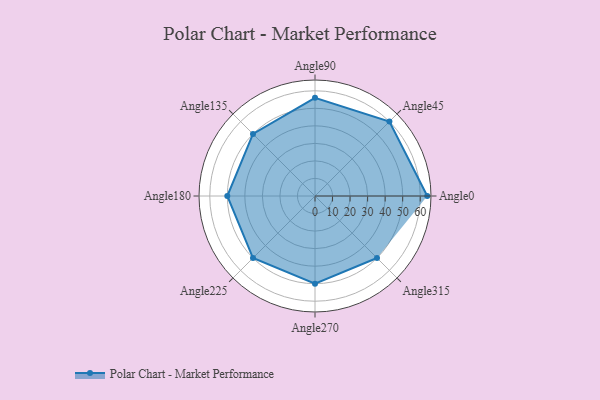
{"axis": {"x": "Angle", "y": "Radius"}, "legend": [""], "data": [{"x": "Angle0", "y": 64.0, "type": ""}, {"x": "Angle45", "y": 60.0, "type": ""}, {"x": "Angle90", "y": 56.0, "type": ""}, {"x": "Angle135", "y": 50, "type": ""}, {"x": "Angle180", "y": 50, "type": ""}, {"x": "Angle225", "y": 50, "type": ""}, {"x": "Angle270", "y": 50, "type": ""}, {"x": "Angle315", "y": 50, "type": ""}]}